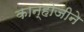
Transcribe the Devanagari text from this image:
कान्होजीने